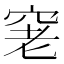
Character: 𥥧